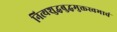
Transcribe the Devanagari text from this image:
नित्यशुद्धबुद्धमुक्तस्वभावं